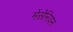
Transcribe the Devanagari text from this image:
मेंसेनियन